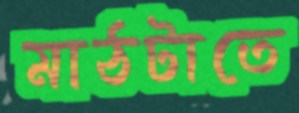
মাঠটাতে